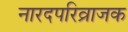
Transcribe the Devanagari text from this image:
नारदपरिव्राजक